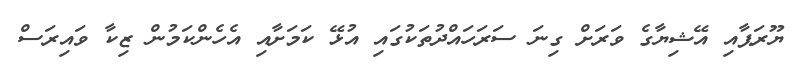
ޔޫރަޕާއި އޭޝިޔާގެ ވަރަށް ގިނަ ސަރަހައްދުތަކުގައި އުޅޭ ކަމަށާއި އެހެންކަމުން ޒިކާ ވައިރަސް